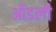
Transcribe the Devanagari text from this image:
ऑडली